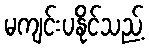
မကျင်းပနိုင်သည့်